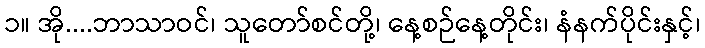
၁။ အို....ဘာသာဝင်၊ သူတော်စင်တို့၊ နေ့စဉ်နေ့တိုင်း၊ နံနက်ပိုင်းနှင့်၊